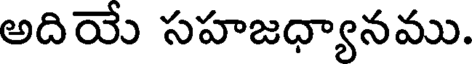
అదియే సహజధ్యానము.